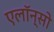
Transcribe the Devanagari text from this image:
एलॉन्सो